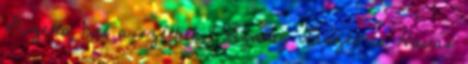
Gizella Dal a szélben 1 Szalay László és Havas